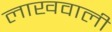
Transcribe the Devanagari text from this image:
लाखवाली